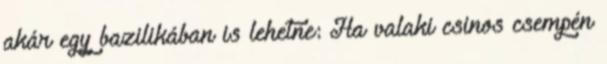
akár egy bazilikában is lehetne: Ha valaki csinos csempén